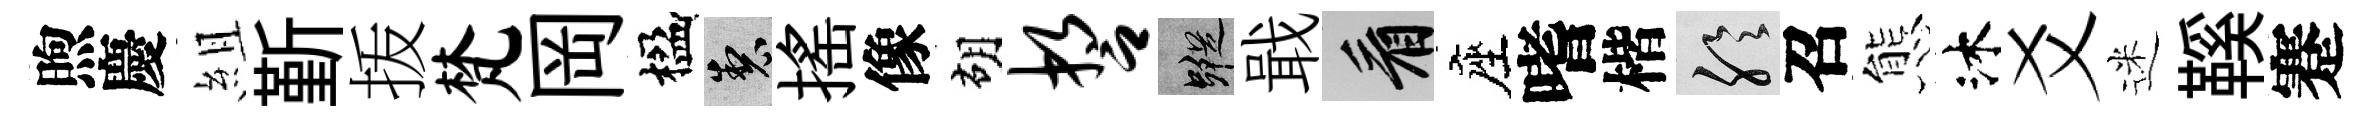
煦慶組斳㧞梵岡楹製揺像胡誓蹤戢看座嗜楷聆召態沐爻迷鞵蹇